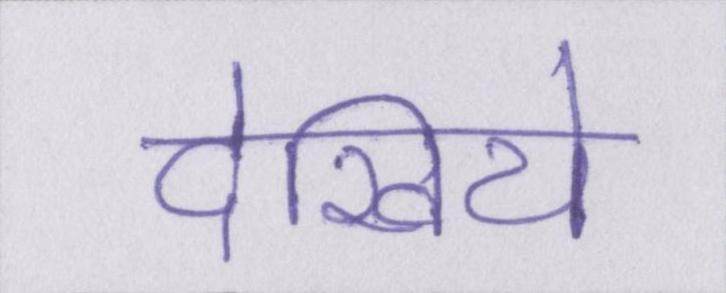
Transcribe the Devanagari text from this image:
देखिये